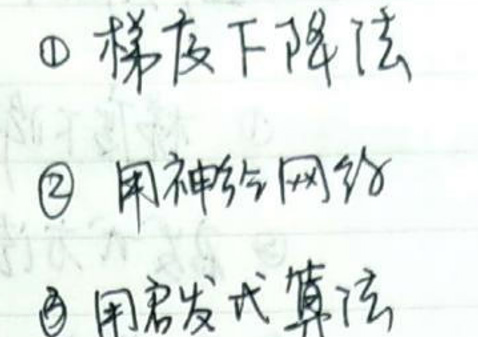
$\textcircled{1}$ 梯度下降法
$\textcircled{2}$ 用神经网络
$\textcircled{3}$ 用启发式算法